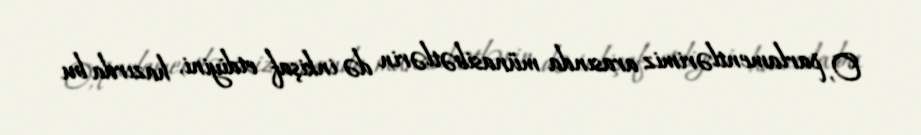
O, parlamentlərimiz arasında münasibətlərin də inkişaf etdiyini, hazırda bu